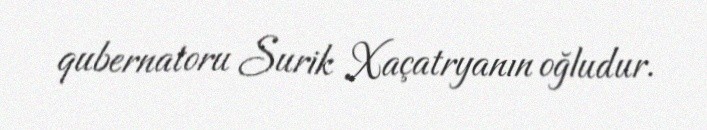
qubernatoru Surik Xaçatryanın oğludur.